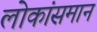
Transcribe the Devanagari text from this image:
लोकांसमान